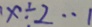
x \div 2 \cdots 1